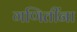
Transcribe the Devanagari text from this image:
गणितींना